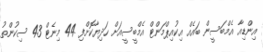
އިންޑިއާ އެމްބަސީން ބައެއް އިކުއިޕްމަންޓް އެމްބީސީއަށް ހަދިޔާކޮށްފި 44 މިނެޓް 43 ސިކުންތު